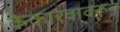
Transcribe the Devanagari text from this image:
केकारवावरून